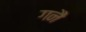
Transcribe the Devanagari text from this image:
गनैं